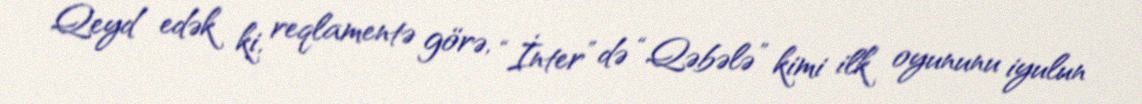
Qeyd edək ki, reqlamentə görə, “İnter” də “Qəbələ” kimi ilk oyununu iyulun